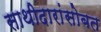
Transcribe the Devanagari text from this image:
साथीदारांसोबत